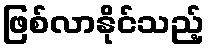
ဖြစ်လာနိုင်သည့်